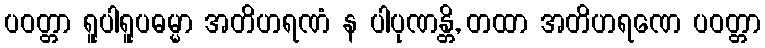
ပဝတ္တာ ရူပါရူပဓမ္မာ အတိဟရဏံ န ပါပုဏန္တိ, တထာ အတိဟရဏေ ပဝတ္တာ